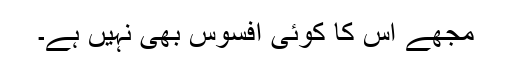
مجھے اس کا کوئی افسوس بھی نہیں ہے۔